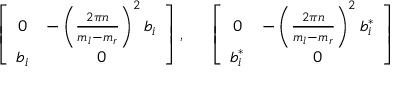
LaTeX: \left[ \begin{array} { c c } { { 0 } } & { { - \left( { \frac { 2 \pi n } { m _ { l } - m _ { r } } } \right) ^ { 2 } b _ { i } } } \\ { { b _ { i } } } & { { 0 } } \end{array} \right] , \; \; \; \; \; \left[ \begin{array} { c c } { { 0 } } & { { - \left( { \frac { 2 \pi n } { m _ { l } - m _ { r } } } \right) ^ { 2 } b _ { i } ^ { * } } } \\ { { b _ { i } ^ { * } } } & { { 0 } } \end{array} \right]